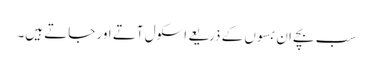
سب بچے ان بسوں کے ذریعے اسکول آتے اور جاتے ہیں۔